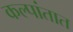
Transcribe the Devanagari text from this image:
कल्पांतात